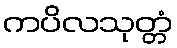
ကပိလသုတ္တံ